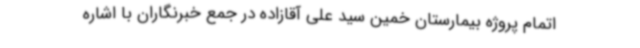
اتمام پروژه بیمارستان خمین سید علی آقازاده در جمع خبرنگاران با اشاره